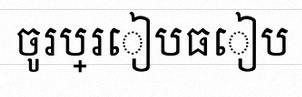
ចូរប្រៀបធៀប